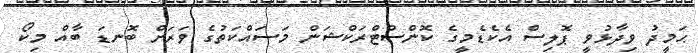
ޙަމީދު ވިދާޅުވީ ޕޮލިސް އެކެޑެމީގެ ކޮންސްޓްރަކްޝަން މަސައްކަތުގެ ވަރަށް ބޮނޑަ ބާއް މިކޯ